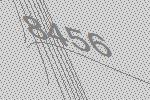
8456